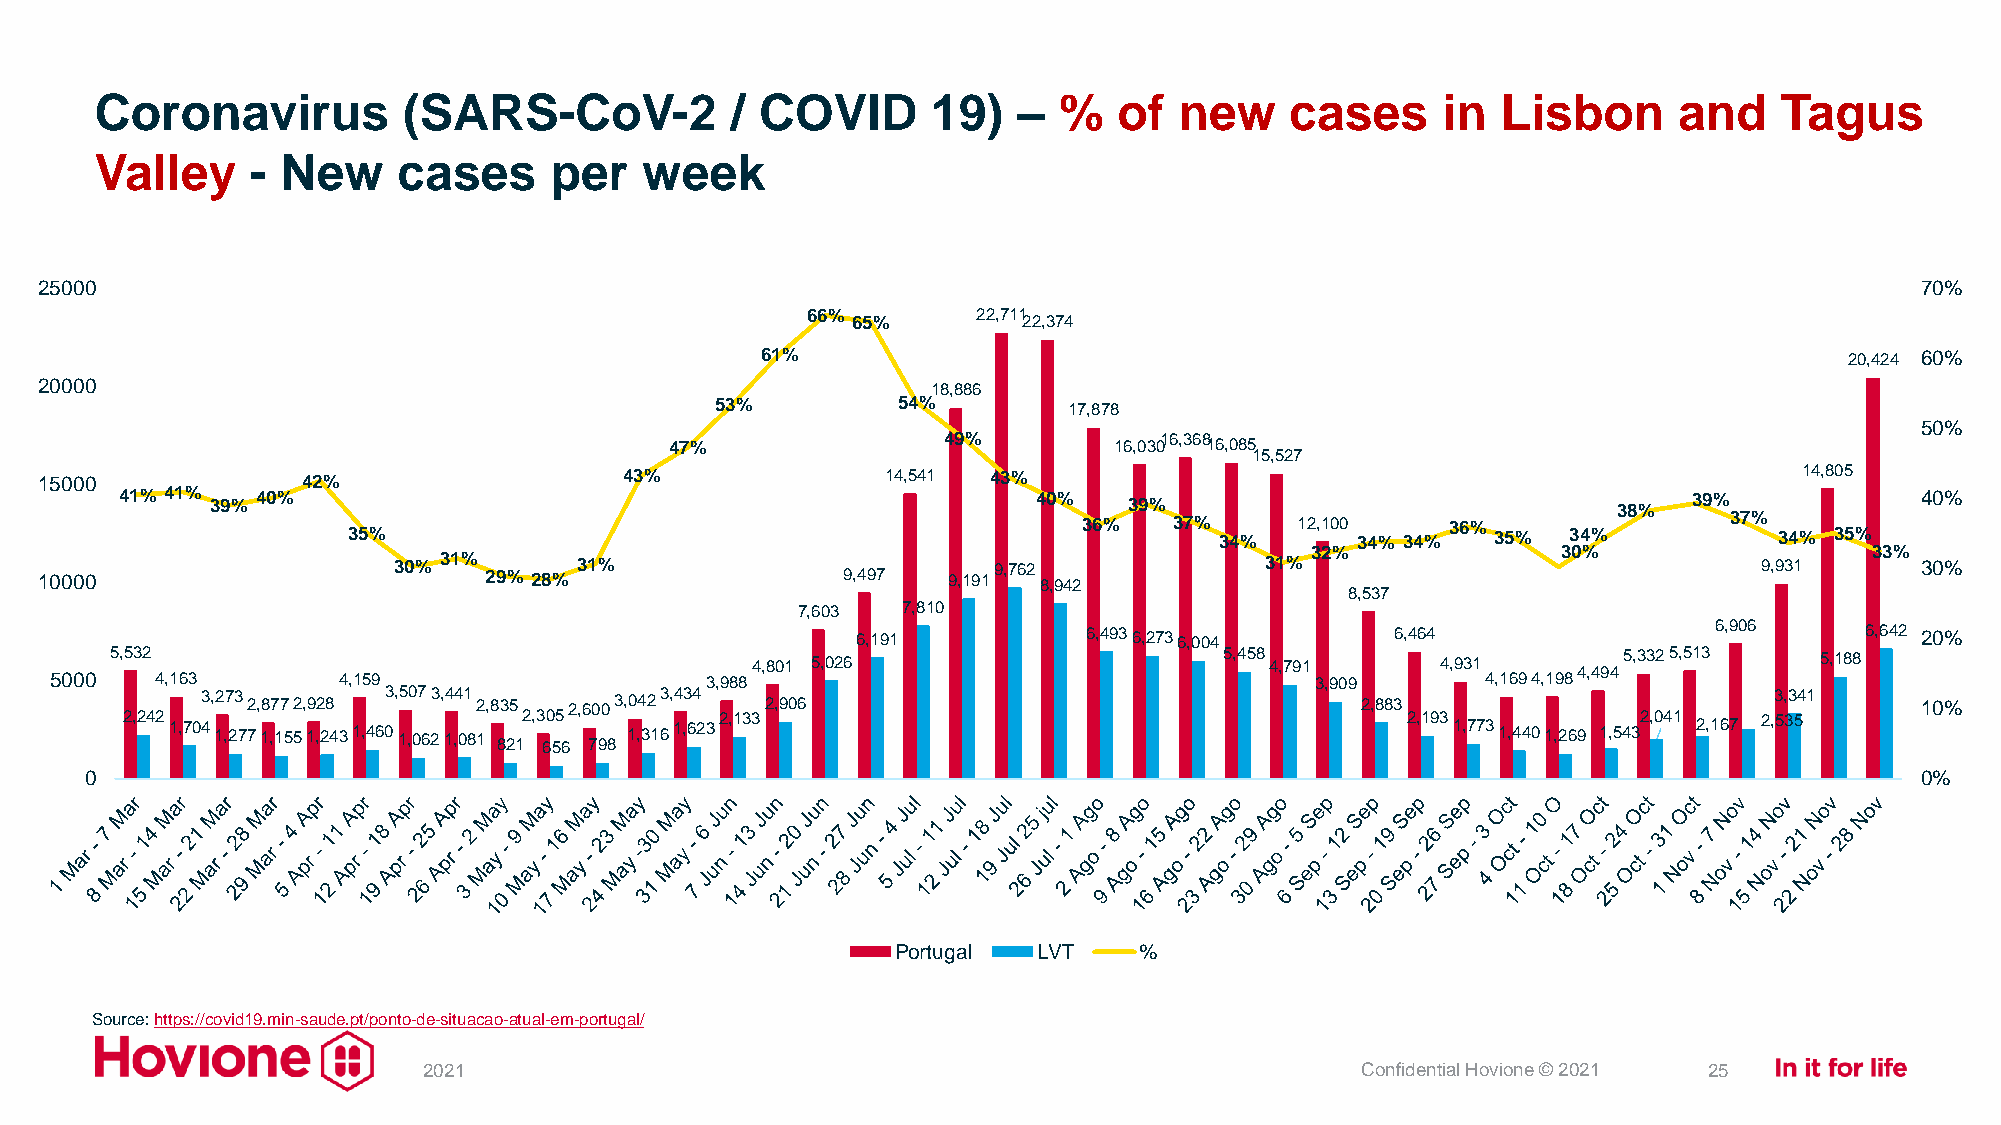
Coronavirus          (SARS-CoV-2          / COVID       19)  –  %   of  new    cases     in  Lisbon      and    Tagus
 Valley     - New    cases     per   week
 25000                                                                                                                       70%
 66%         22,711
 65%         22,374
 61%                                                                     20,424 60%
 20000                                                      18,886
 53%         54%         17,878
 50%
 47%
 49%         16,03016,36816,085
 15,527
 15000            42%                  43%               14,541 43%                                                  14,805
 41% 41% 39% 40%                                              40%   39%                             38%  39%            40%
 35%                                              36%   37% 34% 12,100 34% 34% 36% 35% 34%  37% 34% 35%
 32%             30%                  33%
 10000                  30% 31% 29% 28% 31%           9,497  9,1919,762 8,942     31%                              9,931     30%
 8,537
 7,603  7,810
 6,191          6,4936,2736,004     6,464                6,906     6,642 20%
 5000
 5,532
 4,163       4,159
 3,9884,801 5,026                  5,458 4,791
 3,909
 4,931 4,1694,1984,4945,3325,513 5,188
 2,242 1,7043, 12 ,7 23 772, 18 ,7 17 552, 19 ,2 28 431,4603, 15 ,0 07 623, 14 ,4 01 812,8 83 25 12,3 60 55 62,6 70 90 83, 10 ,4 32 163, 14 ,3 64 232,1332,906 2,883 2,193
 1,773
 1,4401,269
 1,5432,041
 2,167
 2,3 5, 33 541 10%
 0                                                                                                                        0%
 Portugal  LVT   %
 Source: https://covid19.min-saude.pt/ponto-de-situacao-atual-em-portugal/
 2021                                                          Confidential Hovione © 2021 25